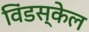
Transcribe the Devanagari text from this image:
विंडस्केल